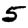
Digit: 5